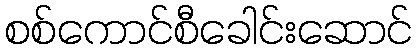
စစ်ကောင်စီခေါင်းဆောင်